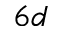
6 d